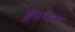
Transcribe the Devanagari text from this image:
ड्रॅगनला